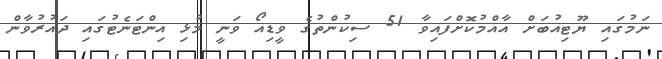
ނަމުގައި ޔޫޓިއުބަށް އާއްމުކޮށްފައިވާ 51 ސިކުންތުގެ ވީޑިއޯ ވަނީ މުޅި އިންޓަނެޓުގައި ދައުރުވާން